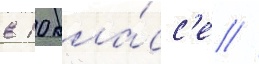
в 10 кла́сс'е //